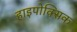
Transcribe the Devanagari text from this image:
हाइपोक्सिक